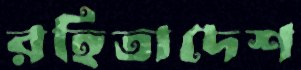
রহিতাদেশ